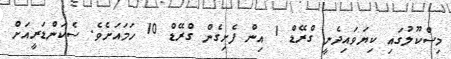
މިސްކޫލުގައި ކިޔަވައިދެނީ ގްރޭޑް 1 އިން ފެށިގެން ގްރޭޑް 10 ހަމައަށެވެ. ސެކަންޑަރީއަށް